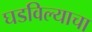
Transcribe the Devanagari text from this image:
घडविल्याचा